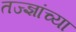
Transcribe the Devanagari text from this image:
तज्ज्ञांच्‍या